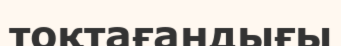
тоқтағандығы